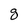
Character: g